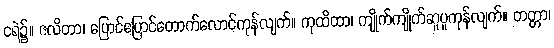
ငရဲ၌။ ဇလိတာ၊ ပြောင်ပြောင်တောက်လောင်ကုန်လျက်။ ကုထိထာ၊ ကျိုက်ကျိုက်ဆူပူကုန်လျက်။ တတ္တာ၊